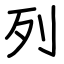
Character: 列